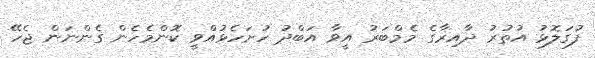
ފުގަލޮޅު އުތުރު ދާއިރާގެ މެމްބަރު އީވާ އަބްދު ހުށަހެޅުއްވީ ކޮންމެހެން ގެންނަން ޖެހޭ